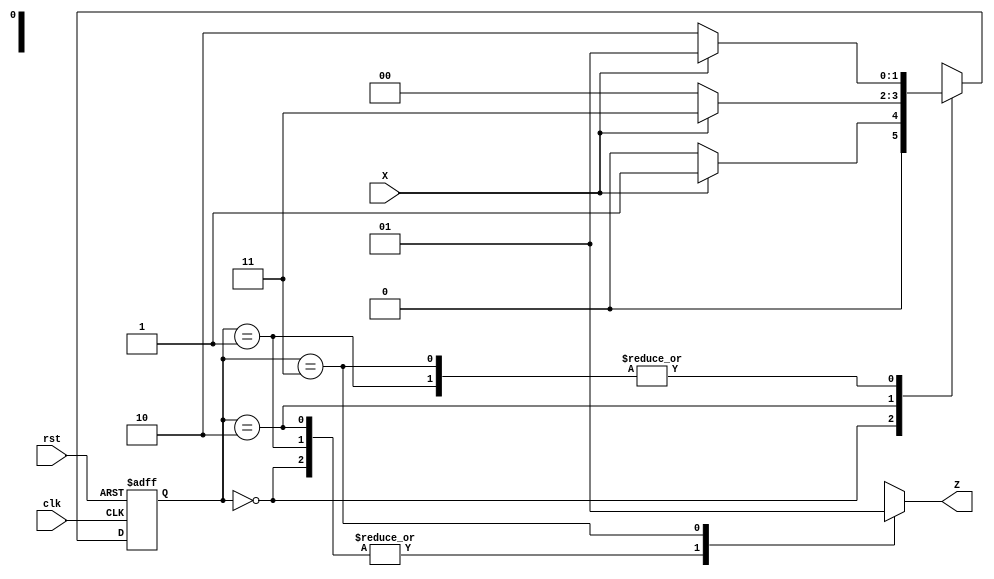
// 101 Sequence detector in behavioral verilog

module SeqDetector (clk,rst,X,Z);
 input X, clk, rst;
 output Z;
 reg[1:0] state, next_state;
 reg Z;
parameter [1:0] S0=2'b00, S1=2'b01, S2=2'b10, S3=2'b11; 
/*
     S0-> Reset state
     S1-> Received 1
     S2-> Recieved 10
     S3-> Received 101
     */

always @(posedge clk , negedge rst)
   if(!rst) state<=S0;
  else state<=next_state;
always @(*)
      begin
        case(state)
                S0:if(X) next_state=S1;
                   else  next_state=S0;
                   S1:if(X) next_state=S1;
                   else  next_state=S2;
                S2:if(X) next_state=S3;
                   else  next_state=S0;
                S3: if(X) next_state=S1;
                    else  next_state=S2;
        endcase 
      end

always @(state)
  begin
       Z = 0;
       case(state)
                S0:Z=0;
                S1:Z=0;
                S2:Z=0;
                S3:Z=1;
      endcase
  end
endmodule